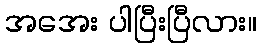
အအေး ပါပြီးပြီလား။